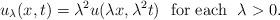
LaTeX: \begin{align*}u_\lambda(x,t)=\lambda^2 u(\lambda x,\lambda^2 t)\ \ {\rm for\ each\ \ }\lambda>0. \end{align*}